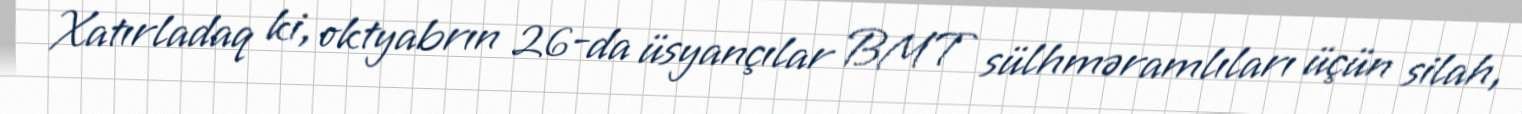
Xatırladaq ki, oktyabrın 26-da üsyançılar BMT sülhməramlıları üçün silah,